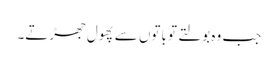
جب وہ بولتے تو باتوں سے پھول جھڑتے۔